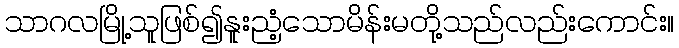
သာဂလမြို့သူဖြစ်၍နူးညံ့သောမိန်းမတို့သည်လည်းကောင်း။